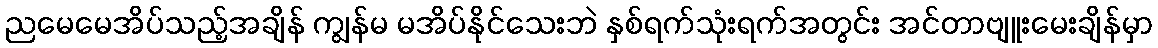
ညမေမေအိပ်သည့်အချိန် ကျွန်မ မအိပ်နိုင်သေးဘဲ နှစ်ရက်သုံးရက်အတွင်း အင်တာဗျူးမေးချိန်မှာ